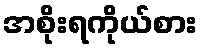
အစိုးရကိုယ်စား